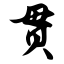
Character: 贯